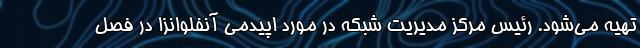
تهیه می‌شود. رئیس مرکز مدیریت شبکه در مورد اپیدمی آنفلوانزا در فصل